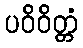
ပဝိဝိတ္တံ